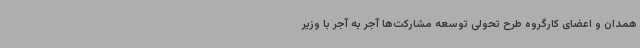
همدان و اعضای کارگروه طرح تحولی توسعه مشارکت‌ها آجر به آجر با وزیر